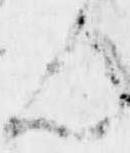
ん